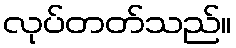
လုပ်တတ်သည်။